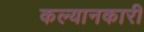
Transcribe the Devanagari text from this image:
कल्यानकारी